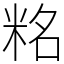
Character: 䊅